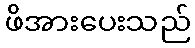
ဖိအားပေးသည်